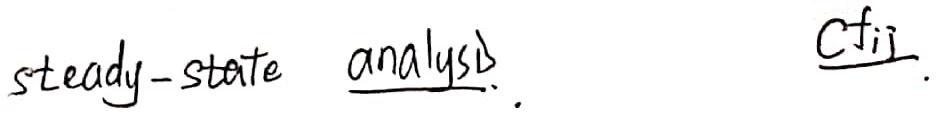
steady - state analysis. \(cf_{ij}\).